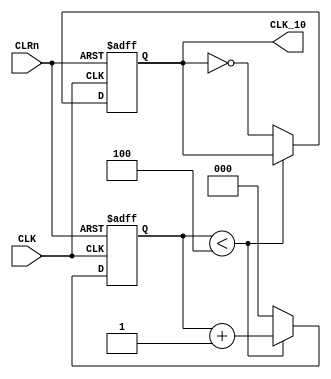
module CLK_DIV_2N(CLK,CLRn,CLK_10);
	parameter N = 5;
	parameter W = 3;
	input CLK,CLRn;
	output reg CLK_10;
	reg [W-1:0]counter;
	
	always@(posedge CLK or negedge CLRn)
		if(!CLRn) begin
			CLK_10 <= 0;
			counter <= 0;
		end
		else if(counter < (N - 1))
			counter <= counter + 1;
		else begin
			counter <= 0;
			CLK_10 <= ~CLK_10;
		end
		
endmodule